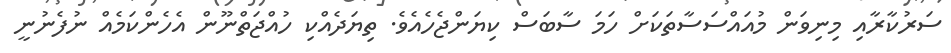
ސަރުކާރާއި މިނިވަން މުއައްސަސާތަކަށް ހަމަ ސާބަސް ކިޔަންޖެހެއެވެ. ތިޔަދެއްކި ހުއްޖަތްނޫން އެހެންކަމެއް ނުފެނުނީ